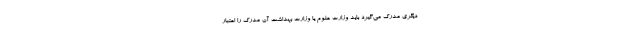
دیگری مدرک می‌گیرد باید وزارت علوم یا وزارت بهداشت آن مدرک را اعتبار